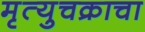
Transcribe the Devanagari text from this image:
मृत्युचक्राचा